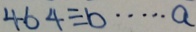
4 6 4 \div b \cdots a